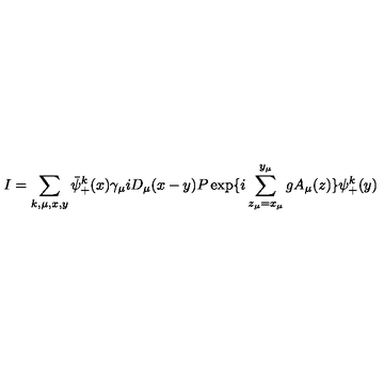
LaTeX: I = \sum _ { k , \mu , x , y } \bar { \psi } _ { + } ^ { k } ( x ) \gamma _ { \mu } i D _ { \mu } ( x - y ) P \exp \{ i \sum _ { z _ { \mu } = x _ { \mu } } ^ { y _ { \mu } } g A _ { \mu } ( z ) \} \psi _ { + } ^ { k } ( y )